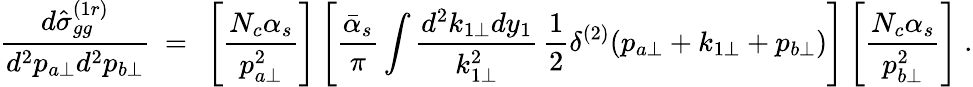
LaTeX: {\frac{d{\hat{\sigma}}_{gg}^{(1r)}}{d^{2}p_{a\perp}d^{2}p_{b\perp}}}\ =\ \left[{\frac{N_{c}\alpha_{s}}{p_{a\perp}^{2}}}\right]\left[{\frac{\bar{\alpha}_{s}}{\pi}}\int{\frac{d^{2}k_{1\perp}dy_{1}}{k_{1\perp}^{2}}}\, {\frac{1}{2}}\delta^{(2)}(p_{a\perp}+k_{1\perp}+p_{b\perp})\right]\left[{\frac{N_{c}\alpha_{s}}{p_{b\perp}^{2}}}\right]\ .